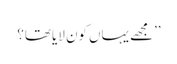
’’مجھے یہاں کون لایا تھا؟